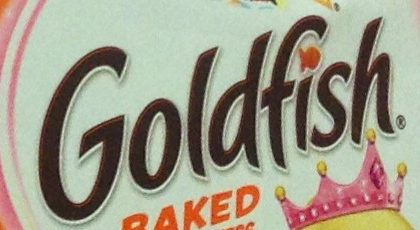
Goldfish